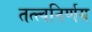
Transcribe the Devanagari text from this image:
तत्त्वनिर्णय